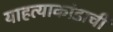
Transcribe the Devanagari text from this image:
याहत्याकांडाची